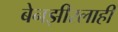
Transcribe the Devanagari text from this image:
बेनझीरलाही